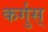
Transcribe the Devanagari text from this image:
कर्गुस्